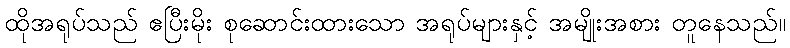
ထိုအရုပ်သည် ဧပြီးမိုး စုဆောင်းထားသော အရုပ်များနှင့် အမျိုးအစား တူနေသည်။